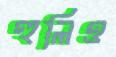
হুলিও